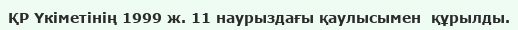
ҚР Үкіметінің 1999 ж. 11 наурыздағы қаулысымен  құрылды.